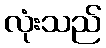
လုံးသည်